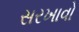
સરખાવો